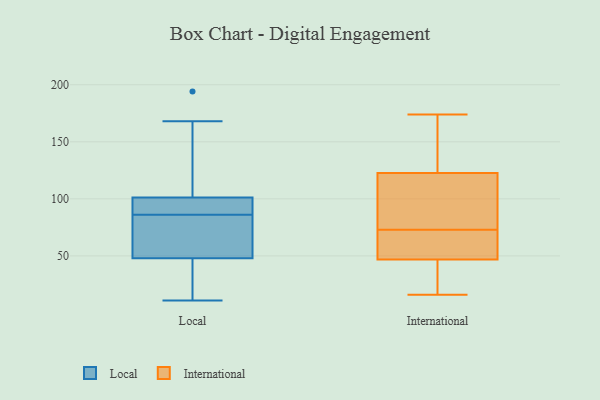
{"axis": {"x": "Page Views", "y": "Value"}, "legend": ["International", "Local"], "data": [{"x": "", "y": 82, "type": "Local"}, {"x": "", "y": 88, "type": "Local"}, {"x": "", "y": 105, "type": "Local"}, {"x": "", "y": 94, "type": "Local"}, {"x": "", "y": 32, "type": "Local"}, {"x": "", "y": 194, "type": "Local"}, {"x": "", "y": 57, "type": "Local"}, {"x": "", "y": 86, "type": "Local"}, {"x": "", "y": 54, "type": "Local"}, {"x": "", "y": 11, "type": "Local"}, {"x": "", "y": 28, "type": "Local"}, {"x": "", "y": 100, "type": "Local"}, {"x": "", "y": 136, "type": "Local"}, {"x": "", "y": 98, "type": "Local"}, {"x": "", "y": 36, "type": "Local"}, {"x": "", "y": 52, "type": "Local"}, {"x": "", "y": 168, "type": "Local"}, {"x": "", "y": 48, "type": "International"}, {"x": "", "y": 34, "type": "International"}, {"x": "", "y": 122, "type": "International"}, {"x": "", "y": 19, "type": "International"}, {"x": "", "y": 110, "type": "International"}, {"x": "", "y": 125, "type": "International"}, {"x": "", "y": 62, "type": "International"}, {"x": "", "y": 126, "type": "International"}, {"x": "", "y": 73, "type": "International"}, {"x": "", "y": 90, "type": "International"}, {"x": "", "y": 174, "type": "International"}, {"x": "", "y": 16, "type": "International"}, {"x": "", "y": 70, "type": "International"}, {"x": "", "y": 53, "type": "International"}, {"x": "", "y": 106, "type": "International"}, {"x": "", "y": 132, "type": "International"}, {"x": "", "y": 43, "type": "International"}]}